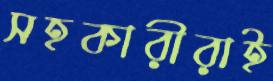
সহকারীরাই